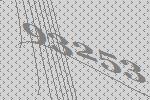
93253